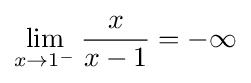
\lim _{x\to 1^{-}}{\frac {x}{x-1}}=-\infty